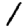
Digit: 1